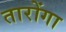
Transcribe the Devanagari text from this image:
तारोंगा